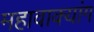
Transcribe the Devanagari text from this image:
महावाक्यांग